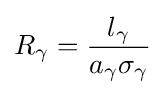
R_{\gamma }={\frac {l_{\gamma }}{a_{\gamma }\sigma _{\gamma }}}